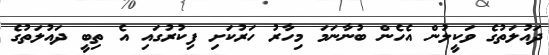
ދައުލަތުގެ ވަކީލުން އެހެން ބުނާނަމަ މިހާރު ހަރުކަށި ފިކުރުގައި އެ ތިބީ ދައުލަތުގެ